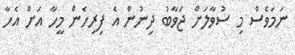
ނަމަވެސް މި ސުވާލަށް ޖަވާބު ދިނުން އެ ފިރިހެން މީހާ އަށް އެހާ